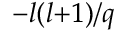
^ { - l ( l + 1 ) / q }